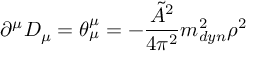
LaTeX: \partial ^ { \mu } D _ { \mu } = \theta _ { \mu } ^ { \mu } = - \frac { \tilde { A } ^ { 2 } } { 4 \pi ^ { 2 } } m _ { d y n } ^ { 2 } \rho ^ { 2 }